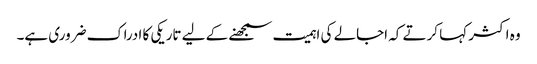
وہ اکثر کہا کرتے کہ اجالے کی اہمیت سمجھنے کے لیے تاریکی کا ادراک ضروری ہے۔